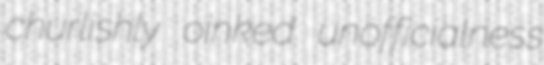
churlishly oinked unofficialness